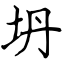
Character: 坍